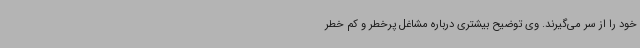
خود را از سر می‌گیرند. وی توضیح بیشتری درباره مشاغل پرخطر و کم خطر